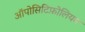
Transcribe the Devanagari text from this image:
ऑपोसिटिफ़ोलियम